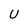
Character: U